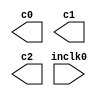
// megafunction wizard: %ALTPLL%VBB%
// GENERATION: STANDARD
// VERSION: WM1.0
// MODULE: altpll 

// ============================================================
// Megafunction Name(s):
// 			altpll
//
// Simulation Library Files(s):
// 			altera_mf
// ============================================================
// ************************************************************
// THIS IS A WIZARD-GENERATED FILE. DO NOT EDIT THIS FILE!
//
// 16.0.0 Build 211 04/27/2016 SJ Lite Edition
// ************************************************************

//Copyright (C) 1991-2016 Altera Corporation. All rights reserved.
//Your use of Altera Corporation's design tools, logic functions 
//and other software and tools, and its AMPP partner logic 
//functions, and any output files from any of the foregoing 
//(including device programming or simulation files), and any 
//associated documentation or information are expressly subject 
//to the terms and conditions of the Altera Program License 
//Subscription Agreement, the Altera Quartus Prime License Agreement,
//the Altera MegaCore Function License Agreement, or other 
//applicable license agreement, including, without limitation, 
//that your use is for the sole purpose of programming logic 
//devices manufactured by Altera and sold by Altera or its 
//authorized distributors.  Please refer to the applicable 
//agreement for further details.

module clk_sync (
	inclk0,
	c0,
	c1,
	c2);

	input	  inclk0;
	output	  c0;
	output	  c1;
	output	  c2;

endmodule

// ============================================================
// CNX file retrieval info
// ============================================================
// Retrieval info: PRIVATE: ACTIVECLK_CHECK STRING "0"
// Retrieval info: PRIVATE: BANDWIDTH STRING "1.000"
// Retrieval info: PRIVATE: BANDWIDTH_FEATURE_ENABLED STRING "1"
// Retrieval info: PRIVATE: BANDWIDTH_FREQ_UNIT STRING "MHz"
// Retrieval info: PRIVATE: BANDWIDTH_PRESET STRING "Low"
// Retrieval info: PRIVATE: BANDWIDTH_USE_AUTO STRING "1"
// Retrieval info: PRIVATE: BANDWIDTH_USE_PRESET STRING "0"
// Retrieval info: PRIVATE: CLKBAD_SWITCHOVER_CHECK STRING "0"
// Retrieval info: PRIVATE: CLKLOSS_CHECK STRING "0"
// Retrieval info: PRIVATE: CLKSWITCH_CHECK STRING "0"
// Retrieval info: PRIVATE: CNX_NO_COMPENSATE_RADIO STRING "0"
// Retrieval info: PRIVATE: CREATE_CLKBAD_CHECK STRING "0"
// Retrieval info: PRIVATE: CREATE_INCLK1_CHECK STRING "0"
// Retrieval info: PRIVATE: CUR_DEDICATED_CLK STRING "c0"
// Retrieval info: PRIVATE: CUR_FBIN_CLK STRING "c0"
// Retrieval info: PRIVATE: DEVICE_SPEED_GRADE STRING "Any"
// Retrieval info: PRIVATE: DIV_FACTOR0 NUMERIC "32"
// Retrieval info: PRIVATE: DIV_FACTOR1 NUMERIC "32"
// Retrieval info: PRIVATE: DIV_FACTOR2 NUMERIC "32"
// Retrieval info: PRIVATE: DUTY_CYCLE0 STRING "50.00000000"
// Retrieval info: PRIVATE: DUTY_CYCLE1 STRING "50.00000000"
// Retrieval info: PRIVATE: DUTY_CYCLE2 STRING "50.00000000"
// Retrieval info: PRIVATE: EFF_OUTPUT_FREQ_VALUE0 STRING "1.562500"
// Retrieval info: PRIVATE: EFF_OUTPUT_FREQ_VALUE1 STRING "1.562500"
// Retrieval info: PRIVATE: EFF_OUTPUT_FREQ_VALUE2 STRING "1.562500"
// Retrieval info: PRIVATE: EXPLICIT_SWITCHOVER_COUNTER STRING "0"
// Retrieval info: PRIVATE: EXT_FEEDBACK_RADIO STRING "0"
// Retrieval info: PRIVATE: GLOCKED_COUNTER_EDIT_CHANGED STRING "1"
// Retrieval info: PRIVATE: GLOCKED_FEATURE_ENABLED STRING "0"
// Retrieval info: PRIVATE: GLOCKED_MODE_CHECK STRING "0"
// Retrieval info: PRIVATE: GLOCK_COUNTER_EDIT NUMERIC "1048575"
// Retrieval info: PRIVATE: HAS_MANUAL_SWITCHOVER STRING "1"
// Retrieval info: PRIVATE: INCLK0_FREQ_EDIT STRING "50.000"
// Retrieval info: PRIVATE: INCLK0_FREQ_UNIT_COMBO STRING "MHz"
// Retrieval info: PRIVATE: INCLK1_FREQ_EDIT STRING "100.000"
// Retrieval info: PRIVATE: INCLK1_FREQ_EDIT_CHANGED STRING "1"
// Retrieval info: PRIVATE: INCLK1_FREQ_UNIT_CHANGED STRING "1"
// Retrieval info: PRIVATE: INCLK1_FREQ_UNIT_COMBO STRING "MHz"
// Retrieval info: PRIVATE: INTENDED_DEVICE_FAMILY STRING "Cyclone IV E"
// Retrieval info: PRIVATE: INT_FEEDBACK__MODE_RADIO STRING "1"
// Retrieval info: PRIVATE: LOCKED_OUTPUT_CHECK STRING "0"
// Retrieval info: PRIVATE: LONG_SCAN_RADIO STRING "1"
// Retrieval info: PRIVATE: LVDS_MODE_DATA_RATE STRING "Not Available"
// Retrieval info: PRIVATE: LVDS_MODE_DATA_RATE_DIRTY NUMERIC "0"
// Retrieval info: PRIVATE: LVDS_PHASE_SHIFT_UNIT0 STRING "deg"
// Retrieval info: PRIVATE: LVDS_PHASE_SHIFT_UNIT1 STRING "ps"
// Retrieval info: PRIVATE: LVDS_PHASE_SHIFT_UNIT2 STRING "ps"
// Retrieval info: PRIVATE: MIG_DEVICE_SPEED_GRADE STRING "Any"
// Retrieval info: PRIVATE: MIRROR_CLK0 STRING "0"
// Retrieval info: PRIVATE: MIRROR_CLK1 STRING "0"
// Retrieval info: PRIVATE: MIRROR_CLK2 STRING "0"
// Retrieval info: PRIVATE: MULT_FACTOR0 NUMERIC "1"
// Retrieval info: PRIVATE: MULT_FACTOR1 NUMERIC "1"
// Retrieval info: PRIVATE: MULT_FACTOR2 NUMERIC "1"
// Retrieval info: PRIVATE: NORMAL_MODE_RADIO STRING "0"
// Retrieval info: PRIVATE: OUTPUT_FREQ0 STRING "100.00000000"
// Retrieval info: PRIVATE: OUTPUT_FREQ1 STRING "100.00000000"
// Retrieval info: PRIVATE: OUTPUT_FREQ2 STRING "100.00000000"
// Retrieval info: PRIVATE: OUTPUT_FREQ_MODE0 STRING "0"
// Retrieval info: PRIVATE: OUTPUT_FREQ_MODE1 STRING "0"
// Retrieval info: PRIVATE: OUTPUT_FREQ_MODE2 STRING "0"
// Retrieval info: PRIVATE: OUTPUT_FREQ_UNIT0 STRING "MHz"
// Retrieval info: PRIVATE: OUTPUT_FREQ_UNIT1 STRING "MHz"
// Retrieval info: PRIVATE: OUTPUT_FREQ_UNIT2 STRING "MHz"
// Retrieval info: PRIVATE: PHASE_RECONFIG_FEATURE_ENABLED STRING "1"
// Retrieval info: PRIVATE: PHASE_RECONFIG_INPUTS_CHECK STRING "0"
// Retrieval info: PRIVATE: PHASE_SHIFT0 STRING "0.00000000"
// Retrieval info: PRIVATE: PHASE_SHIFT1 STRING "0.00000000"
// Retrieval info: PRIVATE: PHASE_SHIFT2 STRING "0.00000000"
// Retrieval info: PRIVATE: PHASE_SHIFT_STEP_ENABLED_CHECK STRING "0"
// Retrieval info: PRIVATE: PHASE_SHIFT_UNIT0 STRING "deg"
// Retrieval info: PRIVATE: PHASE_SHIFT_UNIT1 STRING "ps"
// Retrieval info: PRIVATE: PHASE_SHIFT_UNIT2 STRING "ps"
// Retrieval info: PRIVATE: PLL_ADVANCED_PARAM_CHECK STRING "0"
// Retrieval info: PRIVATE: PLL_ARESET_CHECK STRING "0"
// Retrieval info: PRIVATE: PLL_AUTOPLL_CHECK NUMERIC "1"
// Retrieval info: PRIVATE: PLL_ENHPLL_CHECK NUMERIC "0"
// Retrieval info: PRIVATE: PLL_FASTPLL_CHECK NUMERIC "0"
// Retrieval info: PRIVATE: PLL_FBMIMIC_CHECK STRING "0"
// Retrieval info: PRIVATE: PLL_LVDS_PLL_CHECK NUMERIC "0"
// Retrieval info: PRIVATE: PLL_PFDENA_CHECK STRING "0"
// Retrieval info: PRIVATE: PLL_TARGET_HARCOPY_CHECK NUMERIC "0"
// Retrieval info: PRIVATE: PRIMARY_CLK_COMBO STRING "inclk0"
// Retrieval info: PRIVATE: RECONFIG_FILE STRING "clk_sync.mif"
// Retrieval info: PRIVATE: SACN_INPUTS_CHECK STRING "0"
// Retrieval info: PRIVATE: SCAN_FEATURE_ENABLED STRING "1"
// Retrieval info: PRIVATE: SELF_RESET_LOCK_LOSS STRING "0"
// Retrieval info: PRIVATE: SHORT_SCAN_RADIO STRING "0"
// Retrieval info: PRIVATE: SPREAD_FEATURE_ENABLED STRING "0"
// Retrieval info: PRIVATE: SPREAD_FREQ STRING "50.000"
// Retrieval info: PRIVATE: SPREAD_FREQ_UNIT STRING "KHz"
// Retrieval info: PRIVATE: SPREAD_PERCENT STRING "0.500"
// Retrieval info: PRIVATE: SPREAD_USE STRING "0"
// Retrieval info: PRIVATE: SRC_SYNCH_COMP_RADIO STRING "1"
// Retrieval info: PRIVATE: STICKY_CLK0 STRING "1"
// Retrieval info: PRIVATE: STICKY_CLK1 STRING "1"
// Retrieval info: PRIVATE: STICKY_CLK2 STRING "1"
// Retrieval info: PRIVATE: SWITCHOVER_COUNT_EDIT NUMERIC "1"
// Retrieval info: PRIVATE: SWITCHOVER_FEATURE_ENABLED STRING "1"
// Retrieval info: PRIVATE: SYNTH_WRAPPER_GEN_POSTFIX STRING "0"
// Retrieval info: PRIVATE: USE_CLK0 STRING "1"
// Retrieval info: PRIVATE: USE_CLK1 STRING "1"
// Retrieval info: PRIVATE: USE_CLK2 STRING "1"
// Retrieval info: PRIVATE: USE_CLKENA0 STRING "0"
// Retrieval info: PRIVATE: USE_CLKENA1 STRING "0"
// Retrieval info: PRIVATE: USE_CLKENA2 STRING "0"
// Retrieval info: PRIVATE: USE_MIL_SPEED_GRADE NUMERIC "0"
// Retrieval info: PRIVATE: ZERO_DELAY_RADIO STRING "0"
// Retrieval info: LIBRARY: altera_mf altera_mf.altera_mf_components.all
// Retrieval info: CONSTANT: BANDWIDTH_TYPE STRING "AUTO"
// Retrieval info: CONSTANT: CLK0_DIVIDE_BY NUMERIC "32"
// Retrieval info: CONSTANT: CLK0_DUTY_CYCLE NUMERIC "50"
// Retrieval info: CONSTANT: CLK0_MULTIPLY_BY NUMERIC "1"
// Retrieval info: CONSTANT: CLK0_PHASE_SHIFT STRING "0"
// Retrieval info: CONSTANT: CLK1_DIVIDE_BY NUMERIC "32"
// Retrieval info: CONSTANT: CLK1_DUTY_CYCLE NUMERIC "50"
// Retrieval info: CONSTANT: CLK1_MULTIPLY_BY NUMERIC "1"
// Retrieval info: CONSTANT: CLK1_PHASE_SHIFT STRING "0"
// Retrieval info: CONSTANT: CLK2_DIVIDE_BY NUMERIC "32"
// Retrieval info: CONSTANT: CLK2_DUTY_CYCLE NUMERIC "50"
// Retrieval info: CONSTANT: CLK2_MULTIPLY_BY NUMERIC "1"
// Retrieval info: CONSTANT: CLK2_PHASE_SHIFT STRING "0"
// Retrieval info: CONSTANT: COMPENSATE_CLOCK STRING "CLK0"
// Retrieval info: CONSTANT: INCLK0_INPUT_FREQUENCY NUMERIC "20000"
// Retrieval info: CONSTANT: INTENDED_DEVICE_FAMILY STRING "Cyclone IV E"
// Retrieval info: CONSTANT: LPM_TYPE STRING "altpll"
// Retrieval info: CONSTANT: OPERATION_MODE STRING "SOURCE_SYNCHRONOUS"
// Retrieval info: CONSTANT: PLL_TYPE STRING "AUTO"
// Retrieval info: CONSTANT: PORT_ACTIVECLOCK STRING "PORT_UNUSED"
// Retrieval info: CONSTANT: PORT_ARESET STRING "PORT_UNUSED"
// Retrieval info: CONSTANT: PORT_CLKBAD0 STRING "PORT_UNUSED"
// Retrieval info: CONSTANT: PORT_CLKBAD1 STRING "PORT_UNUSED"
// Retrieval info: CONSTANT: PORT_CLKLOSS STRING "PORT_UNUSED"
// Retrieval info: CONSTANT: PORT_CLKSWITCH STRING "PORT_UNUSED"
// Retrieval info: CONSTANT: PORT_CONFIGUPDATE STRING "PORT_UNUSED"
// Retrieval info: CONSTANT: PORT_FBIN STRING "PORT_UNUSED"
// Retrieval info: CONSTANT: PORT_INCLK0 STRING "PORT_USED"
// Retrieval info: CONSTANT: PORT_INCLK1 STRING "PORT_UNUSED"
// Retrieval info: CONSTANT: PORT_LOCKED STRING "PORT_UNUSED"
// Retrieval info: CONSTANT: PORT_PFDENA STRING "PORT_UNUSED"
// Retrieval info: CONSTANT: PORT_PHASECOUNTERSELECT STRING "PORT_UNUSED"
// Retrieval info: CONSTANT: PORT_PHASEDONE STRING "PORT_UNUSED"
// Retrieval info: CONSTANT: PORT_PHASESTEP STRING "PORT_UNUSED"
// Retrieval info: CONSTANT: PORT_PHASEUPDOWN STRING "PORT_UNUSED"
// Retrieval info: CONSTANT: PORT_PLLENA STRING "PORT_UNUSED"
// Retrieval info: CONSTANT: PORT_SCANACLR STRING "PORT_UNUSED"
// Retrieval info: CONSTANT: PORT_SCANCLK STRING "PORT_UNUSED"
// Retrieval info: CONSTANT: PORT_SCANCLKENA STRING "PORT_UNUSED"
// Retrieval info: CONSTANT: PORT_SCANDATA STRING "PORT_UNUSED"
// Retrieval info: CONSTANT: PORT_SCANDATAOUT STRING "PORT_UNUSED"
// Retrieval info: CONSTANT: PORT_SCANDONE STRING "PORT_UNUSED"
// Retrieval info: CONSTANT: PORT_SCANREAD STRING "PORT_UNUSED"
// Retrieval info: CONSTANT: PORT_SCANWRITE STRING "PORT_UNUSED"
// Retrieval info: CONSTANT: PORT_clk0 STRING "PORT_USED"
// Retrieval info: CONSTANT: PORT_clk1 STRING "PORT_USED"
// Retrieval info: CONSTANT: PORT_clk2 STRING "PORT_USED"
// Retrieval info: CONSTANT: PORT_clk3 STRING "PORT_UNUSED"
// Retrieval info: CONSTANT: PORT_clk4 STRING "PORT_UNUSED"
// Retrieval info: CONSTANT: PORT_clk5 STRING "PORT_UNUSED"
// Retrieval info: CONSTANT: PORT_clkena0 STRING "PORT_UNUSED"
// Retrieval info: CONSTANT: PORT_clkena1 STRING "PORT_UNUSED"
// Retrieval info: CONSTANT: PORT_clkena2 STRING "PORT_UNUSED"
// Retrieval info: CONSTANT: PORT_clkena3 STRING "PORT_UNUSED"
// Retrieval info: CONSTANT: PORT_clkena4 STRING "PORT_UNUSED"
// Retrieval info: CONSTANT: PORT_clkena5 STRING "PORT_UNUSED"
// Retrieval info: CONSTANT: PORT_extclk0 STRING "PORT_UNUSED"
// Retrieval info: CONSTANT: PORT_extclk1 STRING "PORT_UNUSED"
// Retrieval info: CONSTANT: PORT_extclk2 STRING "PORT_UNUSED"
// Retrieval info: CONSTANT: PORT_extclk3 STRING "PORT_UNUSED"
// Retrieval info: CONSTANT: WIDTH_CLOCK NUMERIC "5"
// Retrieval info: USED_PORT: @clk 0 0 5 0 OUTPUT_CLK_EXT VCC "@clk[4..0]"
// Retrieval info: USED_PORT: c0 0 0 0 0 OUTPUT_CLK_EXT VCC "c0"
// Retrieval info: USED_PORT: c1 0 0 0 0 OUTPUT_CLK_EXT VCC "c1"
// Retrieval info: USED_PORT: c2 0 0 0 0 OUTPUT_CLK_EXT VCC "c2"
// Retrieval info: USED_PORT: inclk0 0 0 0 0 INPUT_CLK_EXT GND "inclk0"
// Retrieval info: CONNECT: @inclk 0 0 1 1 GND 0 0 0 0
// Retrieval info: CONNECT: @inclk 0 0 1 0 inclk0 0 0 0 0
// Retrieval info: CONNECT: c0 0 0 0 0 @clk 0 0 1 0
// Retrieval info: CONNECT: c1 0 0 0 0 @clk 0 0 1 1
// Retrieval info: CONNECT: c2 0 0 0 0 @clk 0 0 1 2
// Retrieval info: GEN_FILE: TYPE_NORMAL clk_sync.v TRUE
// Retrieval info: GEN_FILE: TYPE_NORMAL clk_sync.ppf TRUE
// Retrieval info: GEN_FILE: TYPE_NORMAL clk_sync.inc FALSE
// Retrieval info: GEN_FILE: TYPE_NORMAL clk_sync.cmp FALSE
// Retrieval info: GEN_FILE: TYPE_NORMAL clk_sync.bsf TRUE
// Retrieval info: GEN_FILE: TYPE_NORMAL clk_sync_inst.v FALSE
// Retrieval info: GEN_FILE: TYPE_NORMAL clk_sync_bb.v TRUE
// Retrieval info: LIB_FILE: altera_mf
// Retrieval info: CBX_MODULE_PREFIX: ON